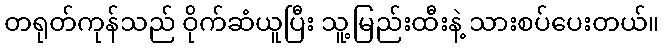
တရုတ်ကုန်သည် ဝိုက်ဆံယူပြီး သူ့မြည်းထီးနဲ့ သားစပ်ပေးတယ်။